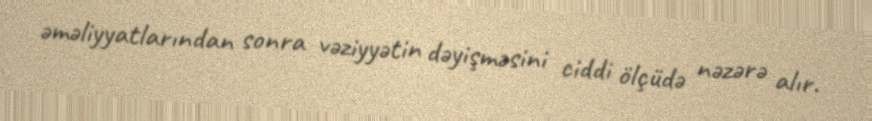
əməliyyatlarından sonra vəziyyətin dəyişməsini ciddi ölçüdə nəzərə alır.